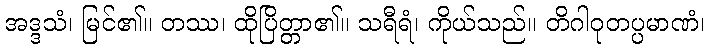
အဒ္ဒသံ၊ မြင်၏။ တဿ၊ ထိုပြိတ္တာ၏။ သရီရံ၊ ကိုယ်သည်။ တိဂါဝုတပ္ပမာဏံ၊